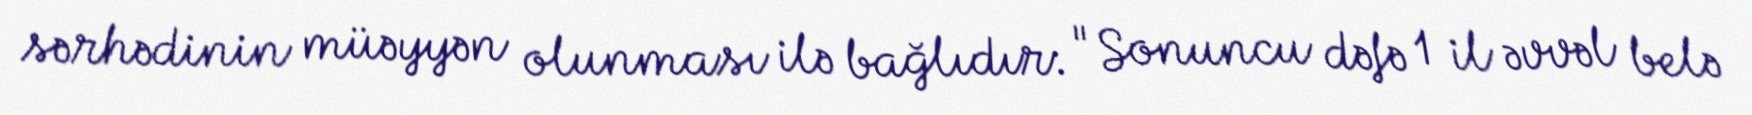
sərhədinin müəyyən olunması ilə bağlıdır: "Sonuncu dəfə 1 il əvvəl belə